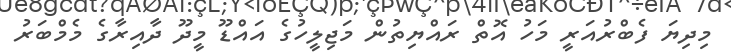
މިދިޔަ ފެބްރުއަރީ މަހު އޮތް ރައްޔިތުން މަޖިލީހުގެ އައްޑޫ މީދޫ ދާއިރާގެ މެމްބަރު